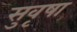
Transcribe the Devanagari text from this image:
सुवृषा